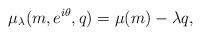
LaTeX: \begin{align*}\mu_\lambda(m,e^{i\theta},q) = \mu(m) - \lambda q,\end{align*}